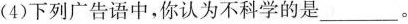
(4)下列广告语中，你认为不科学的是___。